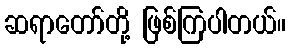
ဆရာတော်တို့ ဖြစ်ကြပါတယ်။